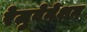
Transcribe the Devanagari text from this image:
रेजुवेनेशन